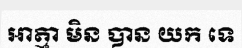
ឣាត្មា មិន បាន យក ទេ